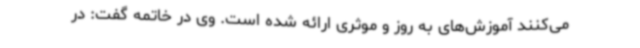
می‌کنند آموزش‌های به روز و موثری ارائه شده است. وی در خاتمه گفت: در